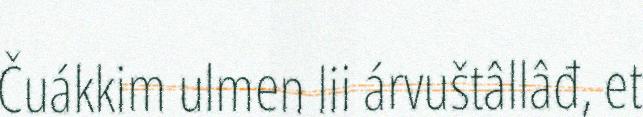
Čuákkim ulmen lii árvuštâllâđ, et